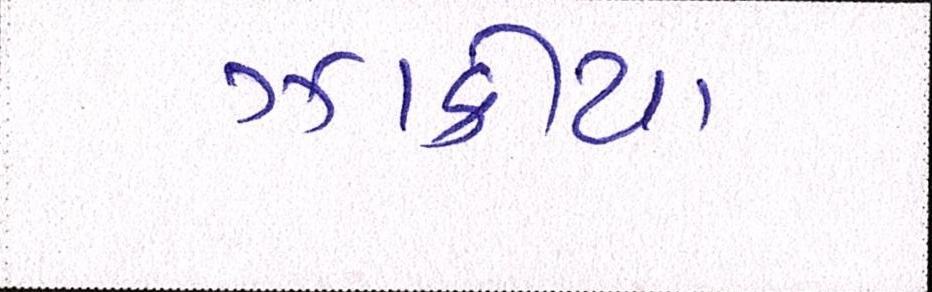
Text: ઝાકીયા